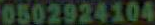
0502924104